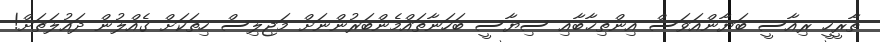
ތާރީހީ ރިއާސީ ބަޔާންއަވަސް އިންތިޚާބާއި ސިޔާސީ ބަހަނާތައްމެންބަރުންނަށް މަޖިލިސް ހިތަކަށް ގެއްލުން ދައުލަތަށް!